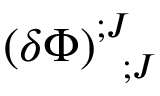
\left( \delta \Phi \right) _ { \; \; \, ; J } ^ { ; J }